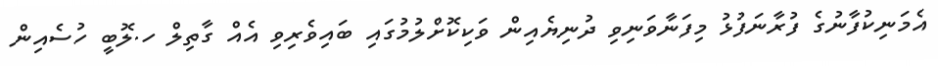
އެމަނިކުފާނުގެ ފުރާނަފުޅު މިފަނާވަނިވި ދުނިޔެއިން ވަކިކޮށްލުމުގައި ބައިވެރިވި އެއް ގާތިލް ހ.ލޮބީ ހުސެއިން